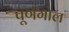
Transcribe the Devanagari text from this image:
पूर्णगोल